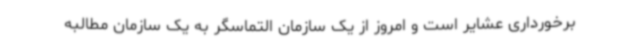
برخورداری عشایر است و امروز از یک سازمان التماسگر به یک سازمان مطالبه